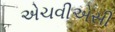
એચવીએસી